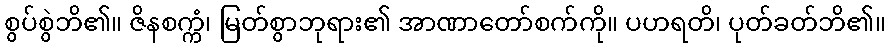
စွပ်စွဲဘိ၏။ ဇိနစက္ကံ၊ မြတ်စွာဘုရား၏ အာဏာတော်စက်ကို။ ပဟရတိ၊ ပုတ်ခတ်ဘိ၏။